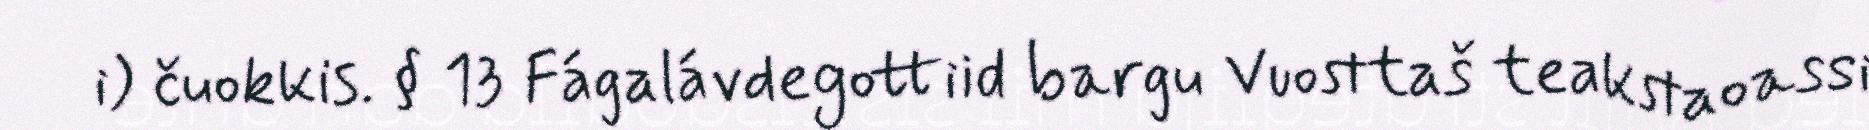
i) čuokkis. § 13 Fágalávdegottiid bargu Vuosttaš teakstaoassi